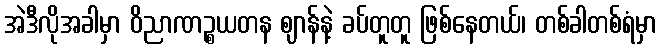
အဲဒီလိုအခါမှာ ဝိညာဏဉ္စယတန ဈာန်နဲ့ ခပ်တူတူ ဖြစ်နေတယ်၊ တစ်ခါတစ်ရံမှာ